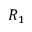
R _ { 1 }